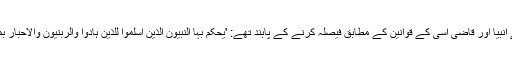
۴؂بنی اسرائیل کی پوری تاریخ میں ان کے انبیا اور قاضی اسی کے قوانین کے مطابق فیصلہ کرنے کے پابند تھے: 'یَحْکُمُ بِہَا النَّبِیُّوْنَ الَّذِیْنَ اَسْلَمُوْا لِلَّذِیْنَ ہَادُوْا وَالرَّبّٰنِیُّوْنَ وَالْاَحْبَارُ بِمَا اسْتُحْفِظُوْا مِنْ کِتٰبِ اللّٰہِ وَکَانُوْا عَلَیْْہِ شُہَدَآءَ '۔